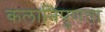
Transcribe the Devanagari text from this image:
कलानिपुणता